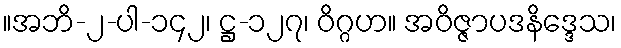
။အဘိ-၂-ပါ-၁၄၂၊ ဋ္ဌ-၁၂၇၊ ဝိဂ္ဂဟ။ အဝိဇ္ဇာပဒနိဒ္ဒေသ၊